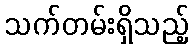
သက်တမ်းရှိသည့်